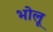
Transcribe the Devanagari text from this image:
भोलू